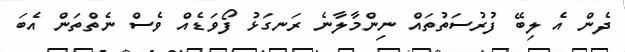
ދެން އެ ލިބޭ ފުރުސަތުތައް ނިންމާލާނެ ރަނގަޅު ފޯވަޑެއް ވެސް ނެތްތަން އެބަ